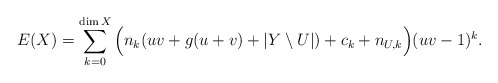
\begin{align*} E(X) = \sum_{k=0}^{\dim X} \Big(n_{k}(uv+g(u+v)+ |Y\setminus U|) + c_k + n_{U,k}\Big) (uv-1)^{k}.\end{align*}